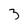
Character: 3